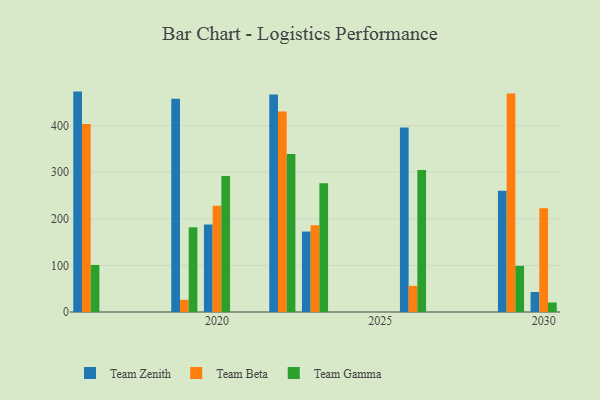
{"axis": {"x": "Year", "y": "Page Views"}, "legend": ["Team Beta", "Team Gamma", "Team Zenith"], "data": [{"x": "2020", "y": 187.6, "type": "Team Zenith"}, {"x": "2020", "y": 228.0, "type": "Team Beta"}, {"x": "2020", "y": 291.8, "type": "Team Gamma"}, {"x": "2016", "y": 473.0, "type": "Team Zenith"}, {"x": "2016", "y": 403.2, "type": "Team Beta"}, {"x": "2016", "y": 101.0, "type": "Team Gamma"}, {"x": "2022", "y": 467.0, "type": "Team Zenith"}, {"x": "2022", "y": 430.4, "type": "Team Beta"}, {"x": "2022", "y": 339.3, "type": "Team Gamma"}, {"x": "2029", "y": 260.3, "type": "Team Zenith"}, {"x": "2029", "y": 469.1, "type": "Team Beta"}, {"x": "2029", "y": 99.1, "type": "Team Gamma"}, {"x": "2023", "y": 172.6, "type": "Team Zenith"}, {"x": "2023", "y": 186.2, "type": "Team Beta"}, {"x": "2023", "y": 276.1, "type": "Team Gamma"}, {"x": "2019", "y": 457.5, "type": "Team Zenith"}, {"x": "2019", "y": 26.2, "type": "Team Beta"}, {"x": "2019", "y": 181.7, "type": "Team Gamma"}, {"x": "2026", "y": 395.7, "type": "Team Zenith"}, {"x": "2026", "y": 56.1, "type": "Team Beta"}, {"x": "2026", "y": 305.0, "type": "Team Gamma"}, {"x": "2030", "y": 42.9, "type": "Team Zenith"}, {"x": "2030", "y": 222.7, "type": "Team Beta"}, {"x": "2030", "y": 20.4, "type": "Team Gamma"}]}